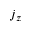
j _ { z }